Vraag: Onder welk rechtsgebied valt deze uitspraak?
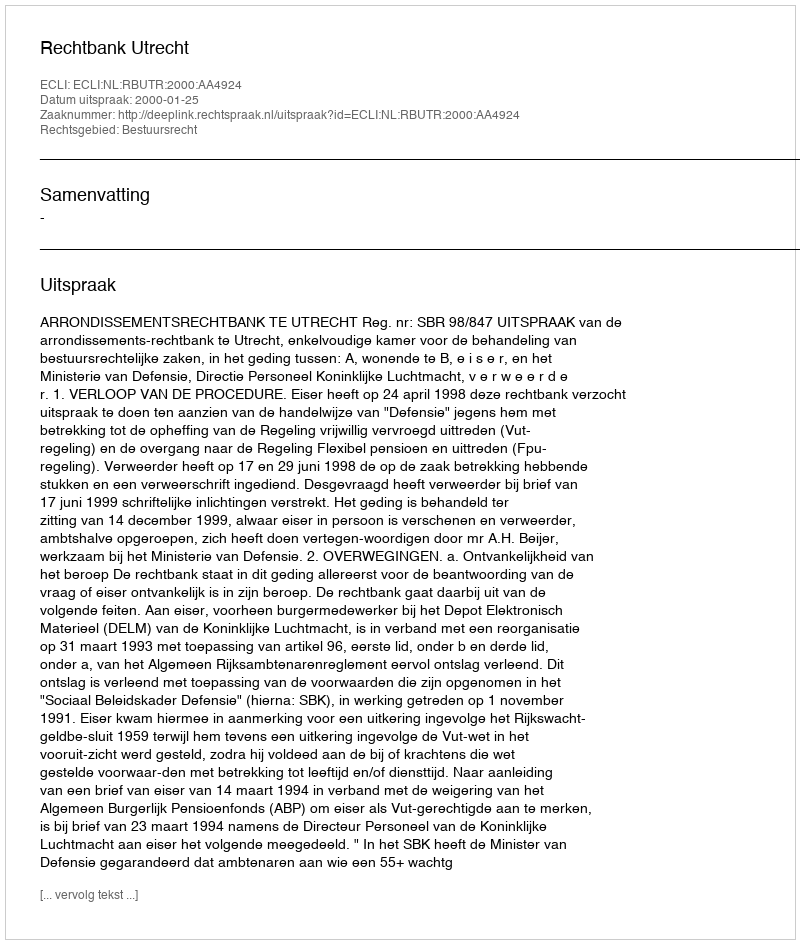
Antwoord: Bestuursrecht